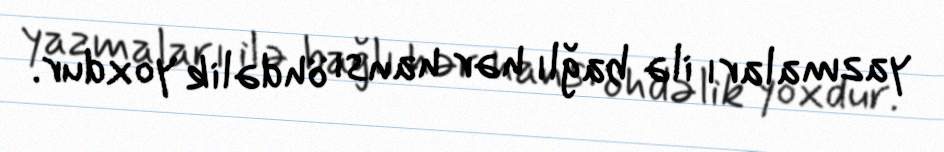
yazmaları ilə bağlı hər hansı öhdəlik yoxdur.